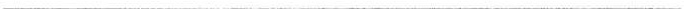
___